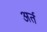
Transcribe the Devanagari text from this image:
अर्त